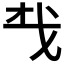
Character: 𢦔